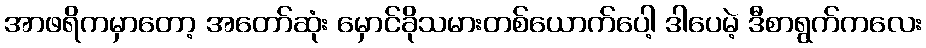
အာဖရိကမှာတော့ အတော်ဆုံး မှောင်ခိုသမားတစ်ယောက်ပေါ့ ဒါပေမဲ့ ဒီစာရွက်ကလေး